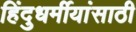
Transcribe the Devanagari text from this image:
हिंदुधर्मीयांसाठी